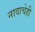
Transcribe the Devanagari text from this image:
नावाचेही